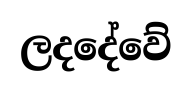
ලදදේවේ